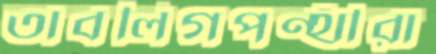
তাবলিগপন্থীরা